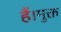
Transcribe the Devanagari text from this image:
हैं।मुक्त